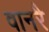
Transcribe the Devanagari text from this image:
वानरै